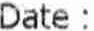
DATE :